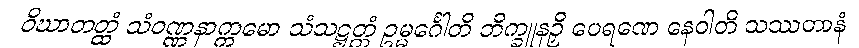
ဝိဃာတတ္ထံ သံဝဏ္ဏနာက္ကမော သံသဋ္ဌတ္တံ ဥမ္မင်္ဂေါတိ ဘိက္ခူနဉှိ ပေရဏေ နေဝါတိ သဿတာနံ